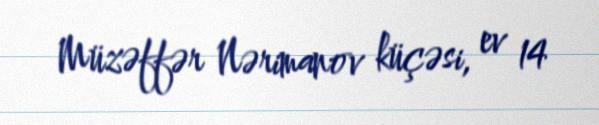
Müzəffər Nərimanov küçəsi, ev 14